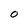
Character: 0